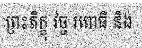
ព្រះភិក្ខុ វច្ច រពោធិ និង